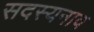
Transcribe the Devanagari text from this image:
सदस्यनाव